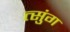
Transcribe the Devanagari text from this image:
त्सुंग